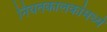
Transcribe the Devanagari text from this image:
नियतकालकांमध्ये